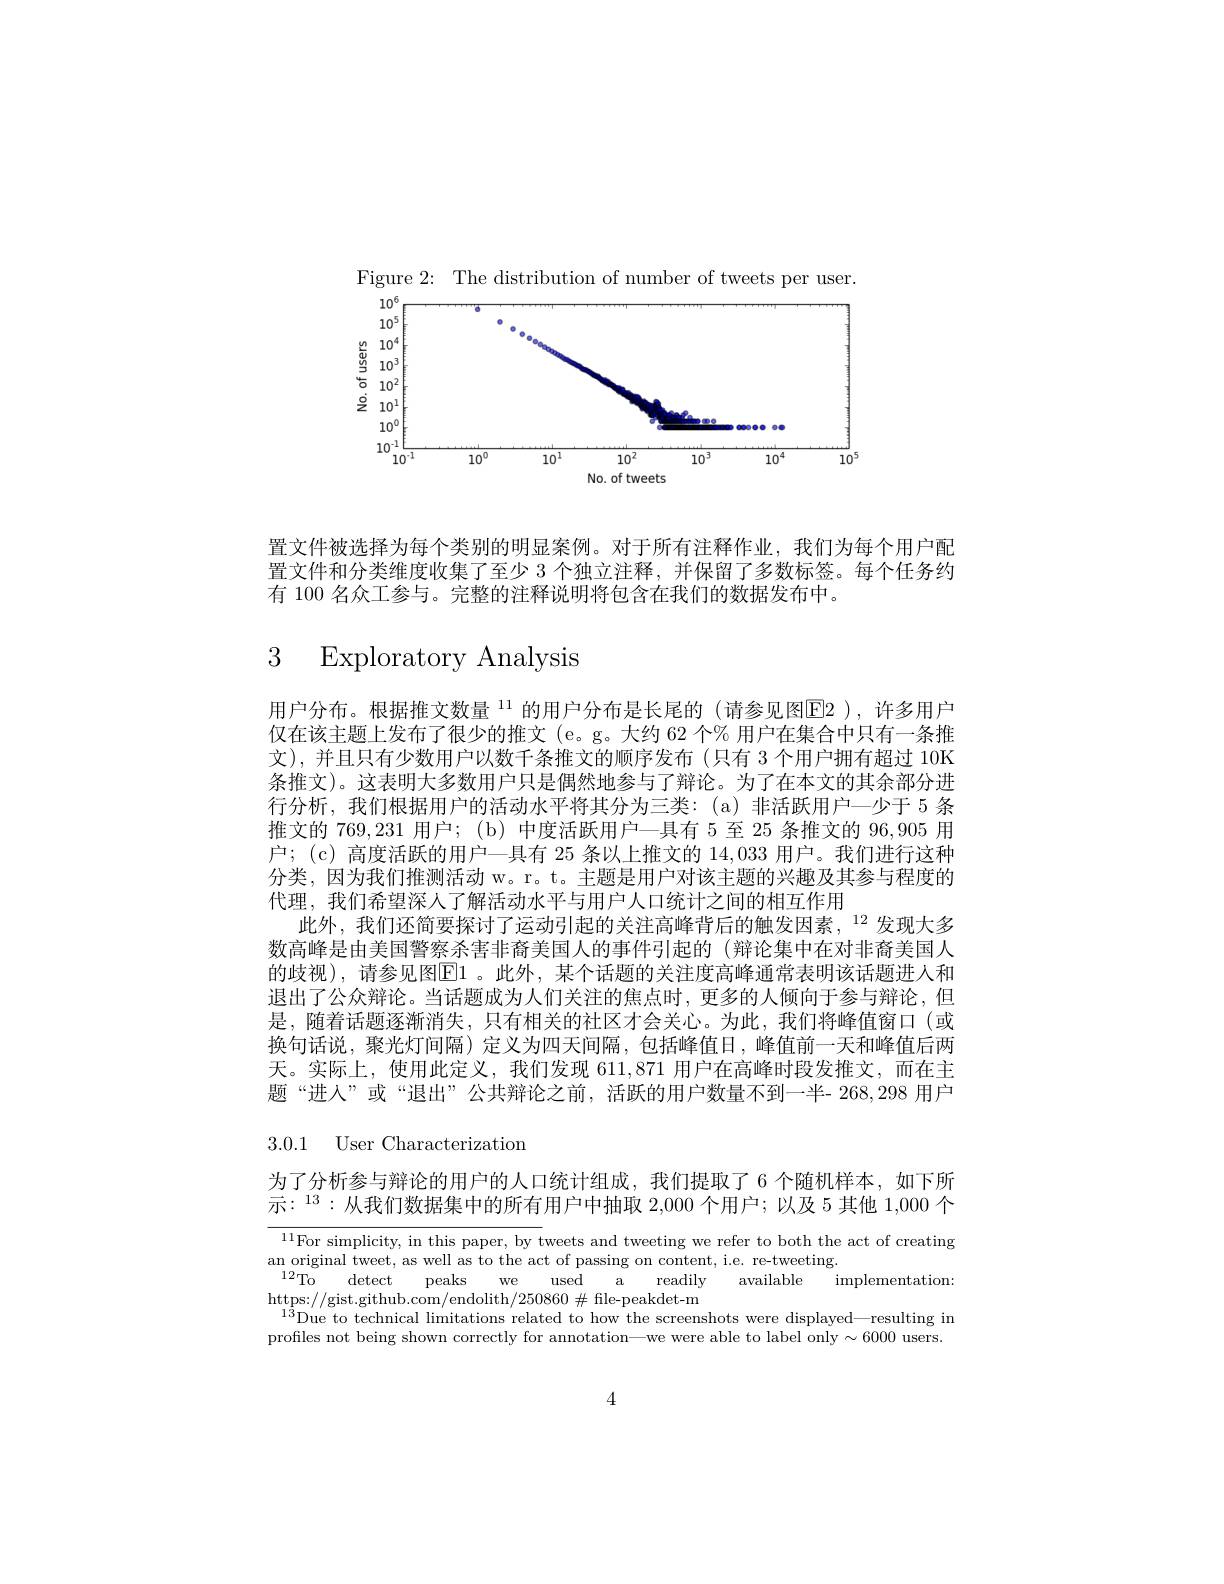
Figure 2: The distribution of number of tweets per user.

<FigureHere>

置文件被选择为每个类别的明显案例。对于所有注释作业，我们为每个用户配置文件和分类维度收集了至少 3 个独立注释，并保留了多数标签。每个任务约有 100 名众工参与。完整的注释说明将包含在我们的数据发布中。

3 Exploratory Analvsis

用户分布。根据推文数量 $^{11}$ 的用户分布是长尾的(请参见图E2),许多用户仅在该主题上发布了很少的推文 (e。g。大约 62 个% 用户在集合中只有一条推文),并且只有少数用户以数千条推文的顺序发布(只有 3个用户拥有超过 10K 条推文)。这表明大多数用户只是偶然地参与了辩论。为了在本文的其余部分进行分析，我们根据用户的活动水平将其分为三类：(a)非活跃用户一少于 5 条推文的 769,231 用户；(b) 中度活跃用户一具有 5 至 25 条推文的 96,905 用户；(c) 高度活跃的用户一具有 25 条以上推文的 14,033 用户。我们进行这种分类，因为我们推测活动 w。r。t。主题是用户对该主题的兴趣及其参与程度的代理，我们希望深人了解活动水平与用户人口统计之间的相互作用
此外，我们还简要探讨了运动引起的关注高峰背后的触发因素，$^{12}$发现大多数高峰是由美国警察杀害非裔美国人的事件引起的(辩论集中在对非裔美国人的歧视),请参见图El 。此外，某个话题的关注度高峰通常表明该话题进人和退出了公众辩论。当话题成为人们关注的焦点时，更多的人倾向于参与辩论，但是，随着话题逐渐消失，只有相关的社区才会关心。为此，我们将峰值窗口(或换句话说，聚光灯间隔)定义为四天间隔，包括峰值日，峰值前一天和峰值后两天。实际上，使用此定义，我们发现 611,871 用户在高峰时段发推文，而在主题“进入”或“退出”公共辩论之前，活跃的用户数量不到一半- 268,298 用户

3.0.1 User Characterization

为了分析参与辩论的用户的人口统计组成，我们提取了 6 个随机样本，如下所示：$^{13}:$从我们数据集中的所有用户中抽取 2,000 个用户；以及 5 其他 1,000 个

$\begin{array}{c}\text{an original tweet, as well as to the act of passing on content, i.e. re-tweeting.}\\\end{array}$
$^{12}$To detect peaks we used a readily available implementation:
$\underset{1}{\operatorname*{https:}}//$gist.github.com/endolith/250860$\#$file-peakdet-m
$^{13}$Due to technical limitations related to how the screenshots were displayed—resulting in profiles not being shown correctly for annotation—we were able to label only $\sim6000$ users.

4